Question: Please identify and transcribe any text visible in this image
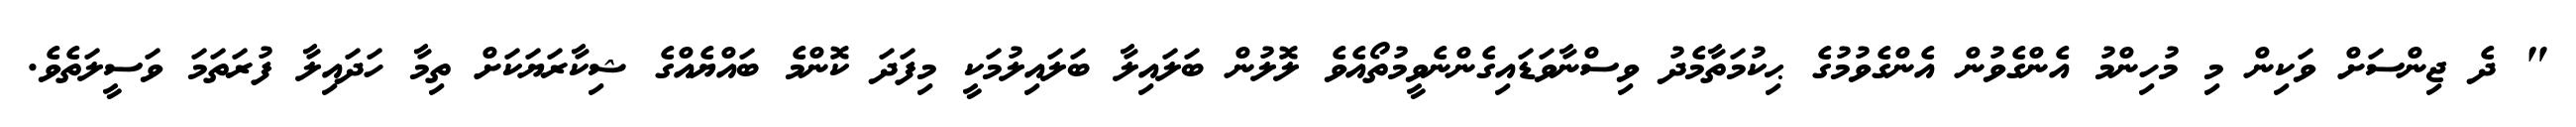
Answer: " ދެ ޖިންސަށް ވަކިން މި މުހިންމު އެންގެވުން އެންގެވުމުގެ ޙިކުމަތާމެދު ވިސްނާވަޑައިގެންނެވީމުތޯއެވެ ލޮލުން ބަލައިލާ ބަލައިލުމަކީ މިފަދަ ކޮންމެ ބައްޔެއްގެ ޝިކާރަޔަކަށް ތިމާ ހަދައިލާ ފުރަތަމަ ވަސީލަތެވެ.